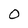
Character: 0